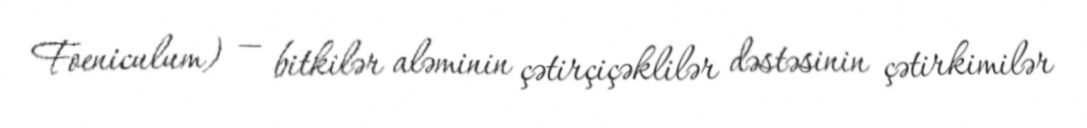
Foeniculum) — bitkilər aləminin çətirçiçəklilər dəstəsinin çətirkimilər